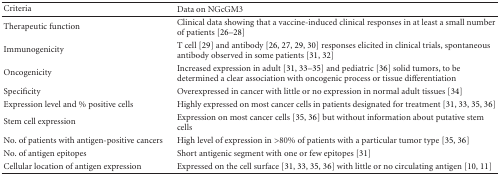
<table><thead><tr><td><b>Criteria</b></td><td><b>Data on NGcGM3</b></td></tr></thead><tbody><tr><td>Therapeutic function</td><td>Clinical data showing that a vaccine-induced clinical responses in at least a small number of patients [26–28]</td></tr><tr><td>Immunogenicity</td><td>T cell [29] and antibody [26, 27, 29, 30] responses elicited in clinical trials, spontaneous antibody observed in some patients [31, 32]</td></tr><tr><td>Oncogenicity</td><td>Increased expression in adult [31, 33–35] and pediatric [36] solid tumors, to be determined a clear association with oncogenic process or tissue differentiation</td></tr><tr><td>Specificity</td><td>Overexpressed in cancer with little or no expression in normal adult tissues [34]</td></tr><tr><td>Expression level and % positive cells</td><td>Highly expressed on most cancer cells in patients designated for treatment [31, 33, 35, 36]</td></tr><tr><td>Stem cell expression</td><td>Expression on most cancer cells [35, 36] but without information about putative stem cells</td></tr><tr><td>No. of patients with antigen-positive cancers</td><td>High level of expression in &gt;80% of patients with a particular tumor type [35, 36]</td></tr><tr><td>No. of antigen epitopes</td><td>Short antigenic segment with one or few epitopes [31]</td></tr><tr><td>Cellular location of antigen expression</td><td>Expressed on the cell surface [31, 33, 35, 36] with little or no circulating antigen [10, 11]</td></tr></tbody></table>